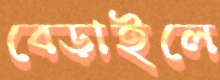
বেড়াইলে